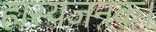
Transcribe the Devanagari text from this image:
हास्यजनक।